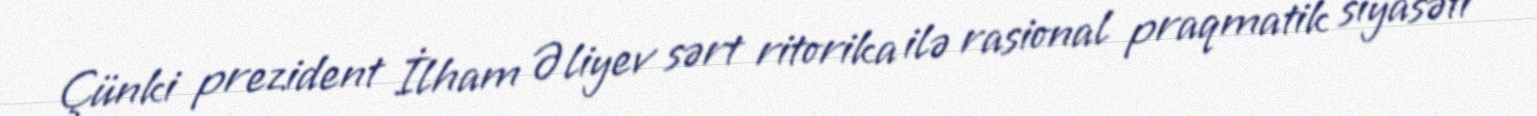
Çünki prezident İlham Əliyev sərt ritorika ilə rasional praqmatik siyasəti